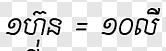
១ហ៊ុន = ១០លី